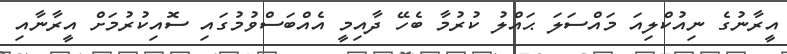
އީރާނުގެ ނިއުކްލިއަ މައްސަލަ ޙައްލު ކުރުމާ ބެހޭ ދާއިމީ އެއްބަސްވުމުގައި ސޮއިކުރުމަށް އީރާނާއި